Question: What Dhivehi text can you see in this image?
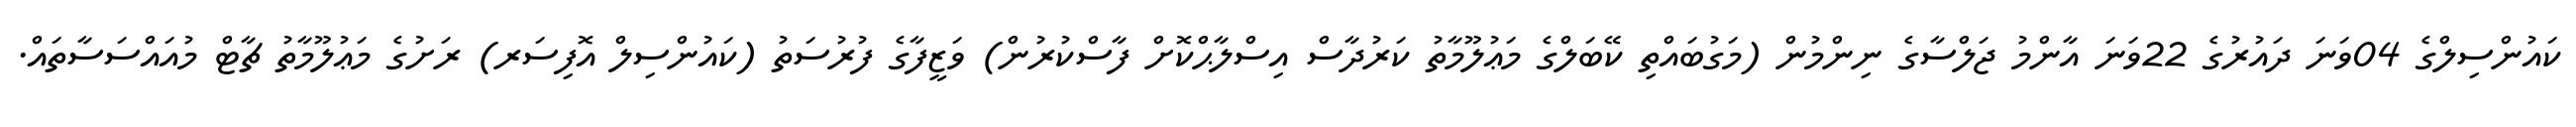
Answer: ކައުންސިލްގެ 04ވަނަ ދައުރުގެ 22ވަނަ އާންމު ޖަލްސާގެ ނިންމުން (މަގުބައްތި ކޭބަލްގެ މަޢުލޫމާތު ކަރުދާސް އިސްލާޙްކޮށް ފާސްކުރުން) ވަޒީފާގެ ފުރުސަތު (ކައުންސިލް އޮފިސަރ) ރަށުގެ މަޢުލޫމާތު ޗާޓް މުއައްސަސާތައް.